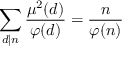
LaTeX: \sum _ { d \mid n } { \frac { \mu ^ { 2 } ( d ) } { \varphi ( d ) } } = { \frac { n } { \varphi ( n ) } }